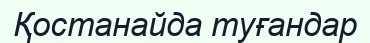
Қостанайда туғандар